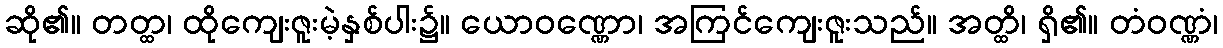
ဆို၏။ တတ္ထ၊ ထိုကျေးဇူးမဲ့နှစ်ပါး၌။ ယောဝဏ္ဏော၊ အကြင်ကျေးဇူးသည်။ အတ္ထိ၊ ရှိ၏။ တံဝဏ္ဏံ၊